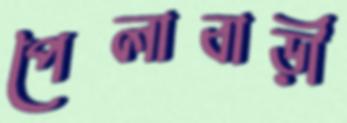
পৈলাবাড়ী